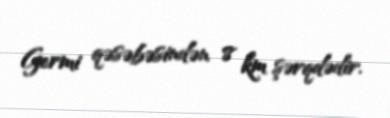
Germi qəsəbəsindən 8 km şərqdədir.